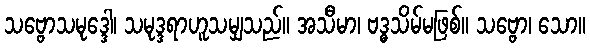
သဗ္ဗောသမုဒ္ဒေါ၊ သမုဒ္ဒရာဟူသမျှသည်။ အသီမာ၊ ဗဒ္ဓသိမ်မဖြစ်။ သဗ္ဗော၊ သော။